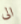
الى